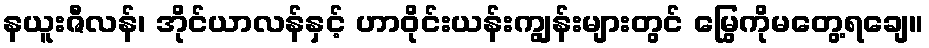
နယူးဇီလန်၊ အိုင်ယာလန်နှင့် ဟာဝိုင်းယန်းကျွန်းများတွင် မြွေကိုမတွေ့ရချေ။